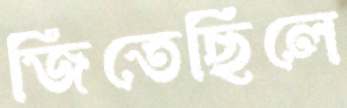
জিতেছিলে